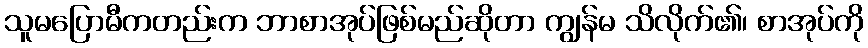
သူမပြောမီကတည်းက ဘာစာအုပ်ဖြစ်မည်ဆိုတာ ကျွန်မ သိလိုက်၏၊ စာအုပ်ကို